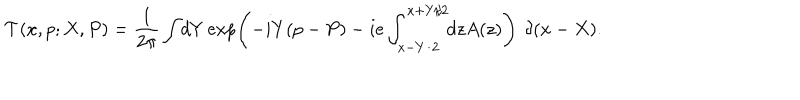
{ \cal T } ( x , p ; X , P ) = \frac { 1 } { 2 \pi } \int \! d Y \exp \! \left( - i Y ( p - P ) - i e \int _ { x - Y / 2 } ^ { x + Y / 2 } \! \! d z A ( z ) \right) ~ \delta ( x - X ) .